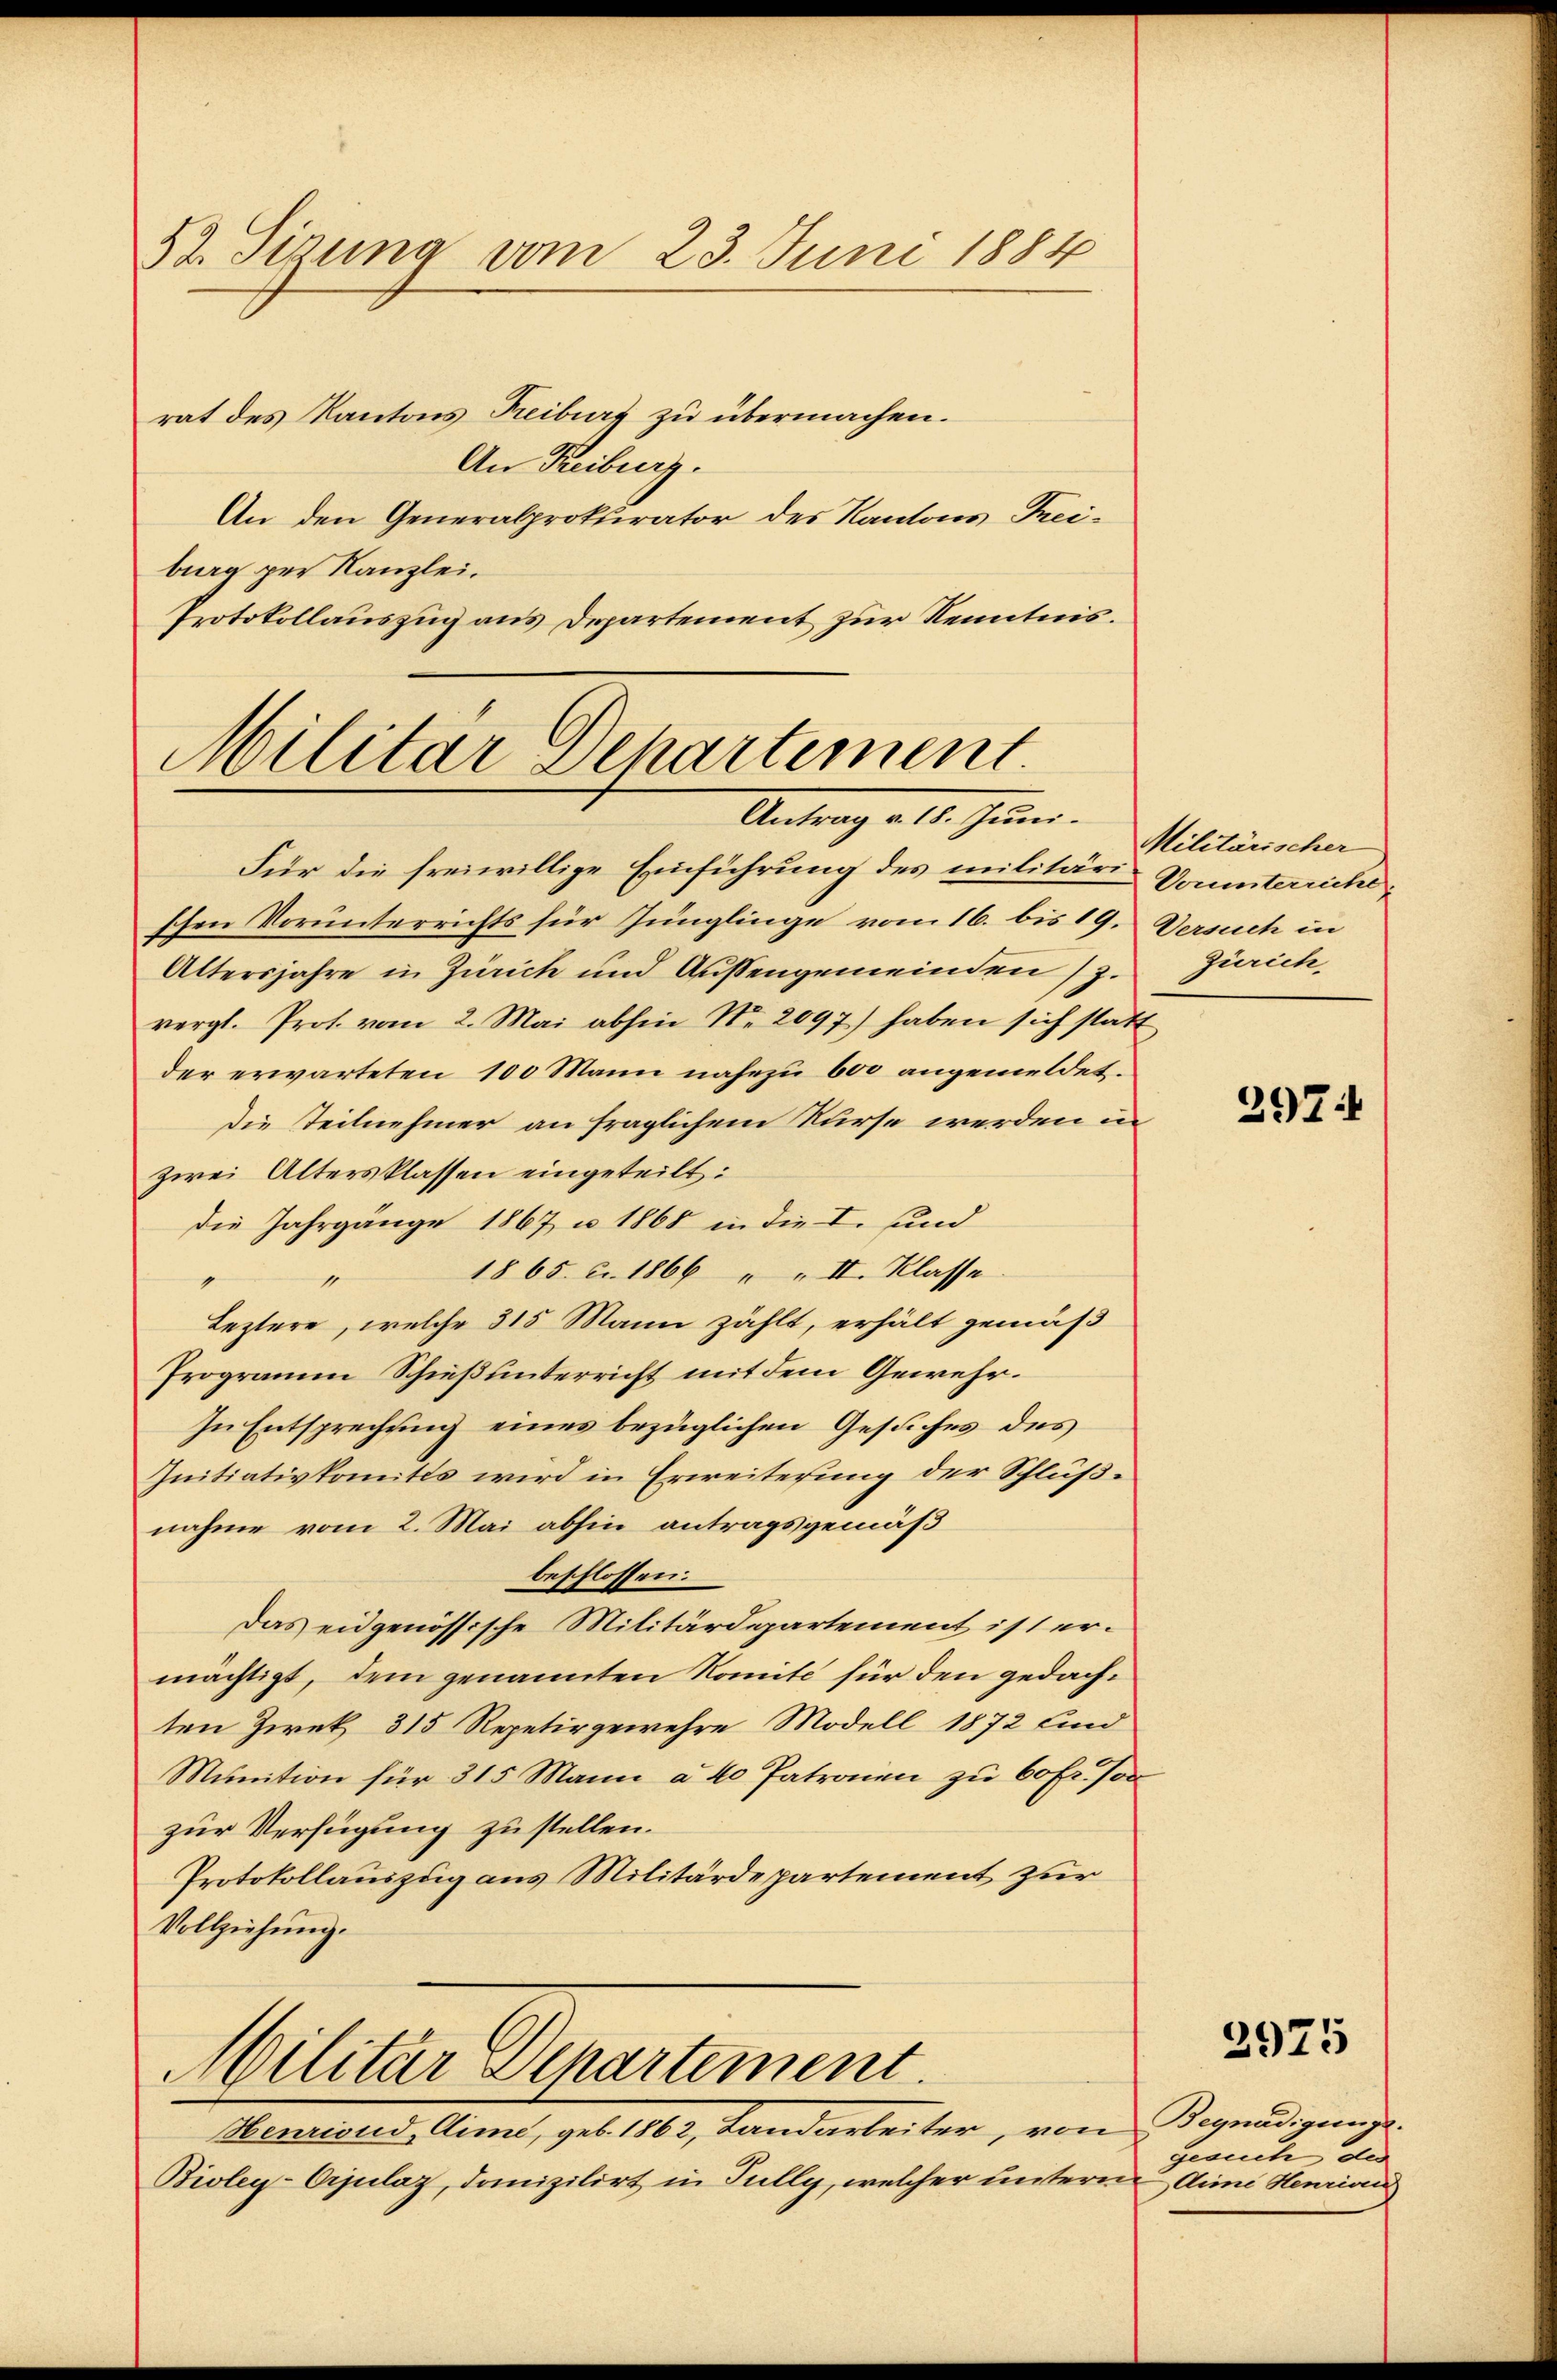
52. Sitzung vom 23. Juni 1884
rat des Kantons Freiburg zu übermachen.

Militar Departement
Antrag d. 1. Janr.

An Freiburg.
An den Generalprokurator des Kantons Treiburg per Kanzlei.
Protokollauszug aus Departement zur Kenntnis.

Für die freiwillige Einführung des militäri-Dounterriche
schen Vorunterrichts für Jünglinge vom 16. bis 19. Dersuch in
Altersjahre in Zürich und Aussengemeinden z. Zürich,
vergl. Prof. vom 2. Mai abhin Nr. 2097) haben sich statt
der erwarteten 100 Mann nahezu 600 angemeldet.
Die Teilnehmer an fraglichem Kurse werden in
zwei Altersklassen eingeteilt:
die Jahrgänge 1867, u. 1868 in die I. und
1865 c. 1866 " " II. Klasse.
1
Leztere, welche 315 Mann zählt, erhält gemäß
Program Schieß unterricht mit dem Gewehr¬
In Entsprechung eines bezüglichen Gesuches des
Initiativkomites wird in Erweiterung der Schlußnahme vom 2. Mai abhin antragsgemäß
beschlossen:
Das eidgenössische Militärdepartement ist ermächtigt, dem genannten Komite für den gedachten Zwek 315 Repetirgewehre Modell 1872 und
Munition für 315 Mann a 40 Patronen zu 60fr. Jo
zur Verfügung zu stellen.
Protokollauszug aus Militärdepartement zur
Vollziehung.
Militär Departement.
Henriond, Aime, geb. 1862, Landarbeiter, von Begnadigungs¬
Bioleg-Orjulaz, domizilirt in Tully, welcher unteren die Henrian

Militärischer

297:

2975

gesuch des